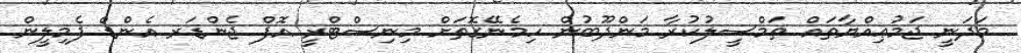
މަދަނީ ޖަމުޢިއްޔާތައް ތަމްސީލުކުރާ މަންދޫބުން ހިމެނޭގޮތަށް މިނިސްޓްރީ އޮފް ޖެންޑަރ އެންޑް ފެމިލީން